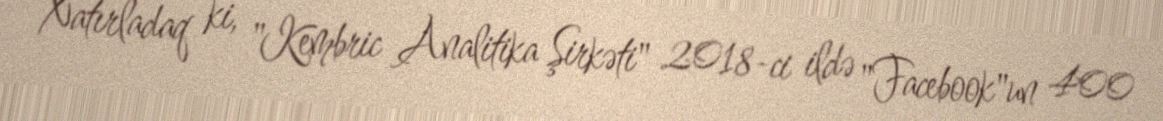
Xatırladaq ki, "Kembric Analitika Şirkəti" 2018-ci ildə "Facebook"un 400